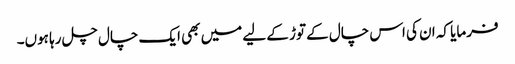
فرمایا کہ ان کی اس چال کے توڑ کے لیے میں بھی ایک چال چل رہا ہوں۔